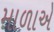
માળાએ